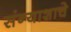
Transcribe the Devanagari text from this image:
संन्याशाचे